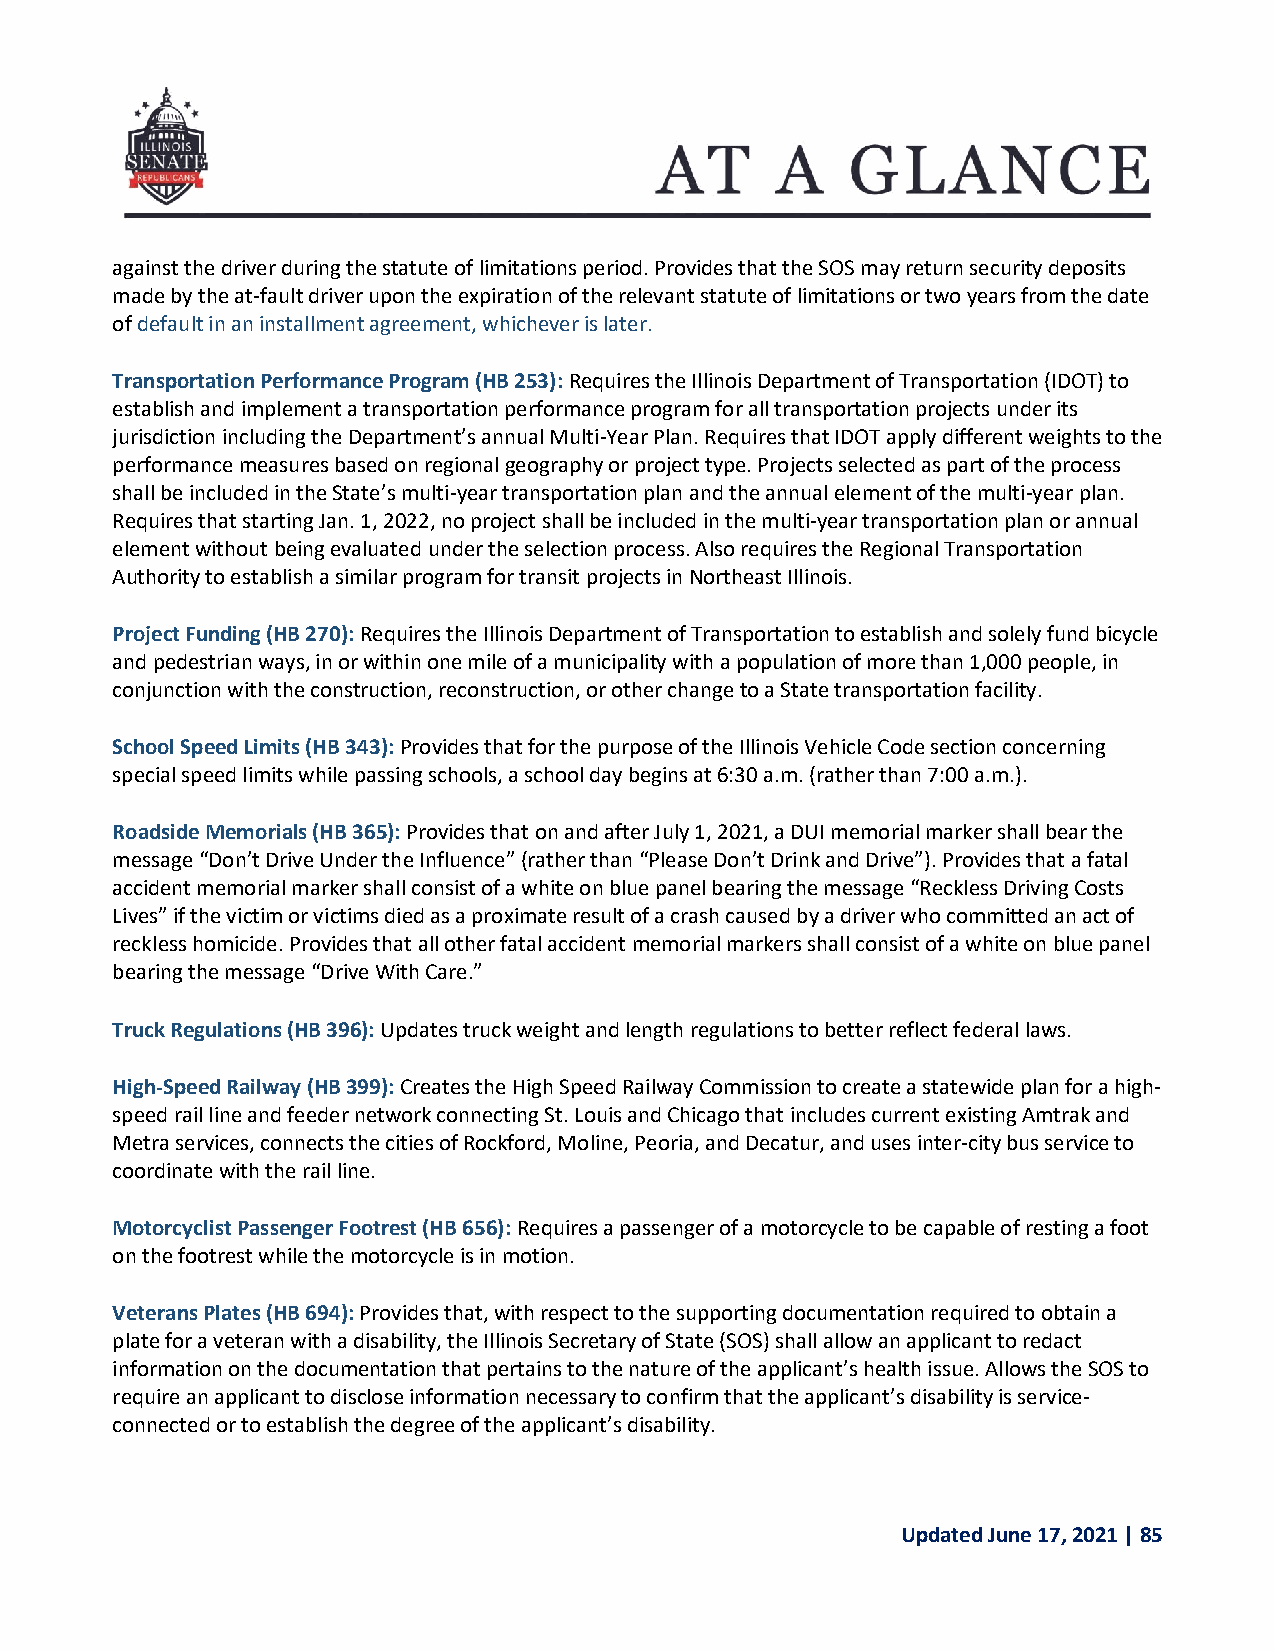
against the driver during the statute of limitations period. Provides that the SOS may return security deposits
 made by the at-fault driver upon the expiration of the relevant statute of limitations or two years from the date
 of default in an installment agreement, whichever is later.
 Transportation Performance Program (HB 253): Requires the Illinois Department of Transportation (IDOT) to
 establish and implement a transportation performance program for all transportation projects under its
 jurisdiction including the Department’s annual Multi-Year Plan. Requires that IDOT apply different weights to the
 performance measures based on regional geography or project type. Projects selected as part of the process
 shall be included in the State’s multi-year transportation plan and the annual element of the multi-year plan.
 Requires that starting Jan. 1, 2022, no project shall be included in the multi-year transportation plan or annual
 element without being evaluated under the selection process. Also requires the Regional Transportation
 Authority to establish a similar program for transit projects in Northeast Illinois.
 Project Funding (HB 270): Requires the Illinois Department of Transportation to establish and solely fund bicycle
 and pedestrian ways, in or within one mile of a municipality with a population of more than 1,000 people, in
 conjunction with the construction, reconstruction, or other change to a State transportation facility.
 School Speed Limits (HB 343): Provides that for the purpose of the Illinois Vehicle Code section concerning
 special speed limits while passing schools, a school day begins at 6:30 a.m. (rather than 7:00 a.m.).
 Roadside Memorials (HB 365): Provides that on and after July 1, 2021, a DUI memorial marker shall bear the
 message “Don’t Drive Under the Influence” (rather than “Please Don’t Drink and Drive”). Provides that a fatal
 accident memorial marker shall consist of a white on blue panel bearing the message “Reckless Driving Costs
 Lives” if the victim or victims died as a proximate result of a crash caused by a driver who committed an act of
 reckless homicide. Provides that all other fatal accident memorial markers shall consist of a white on blue panel
 bearing the message “Drive With Care.”
 Truck Regulations (HB 396): Updates truck weight and length regulations to better reflect federal laws.
 High-Speed Railway (HB 399): Creates the High Speed Railway Commission to create a statewide plan for a high-
 speed rail line and feeder network connecting St. Louis and Chicago that includes current existing Amtrak and
 Metra services, connects the cities of Rockford, Moline, Peoria, and Decatur, and uses inter-city bus service to
 coordinate with the rail line.
 Motorcyclist Passenger Footrest (HB 656): Requires a passenger of a motorcycle to be capable of resting a foot
 on the footrest while the motorcycle is in motion.
 Veterans Plates (HB 694): Provides that, with respect to the supporting documentation required to obtain a
 plate for a veteran with a disability, the Illinois Secretary of State (SOS) shall allow an applicant to redact
 information on the documentation that pertains to the nature of the applicant’s health issue. Allows the SOS to
 require an applicant to disclose information necessary to confirm that the applicant’s disability is service-
 connected or to establish the degree of the applicant’s disability.
 Updated June 17, 2021 | 85